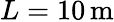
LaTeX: L=10\, \mathrm{m}